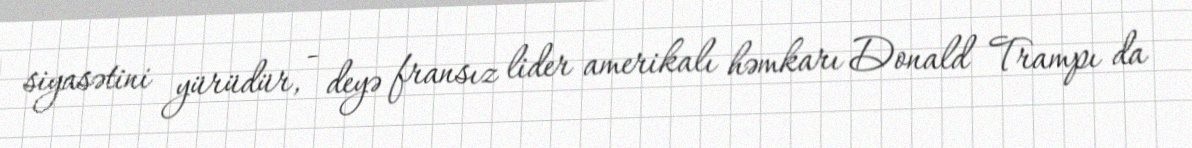
siyasətini yürüdür, - deyə fransız lider amerikalı həmkarı Donald Trampı da